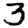
Digit: 3